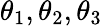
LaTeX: \theta_{1},\theta_{2},\theta_{3}